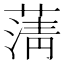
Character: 蔳